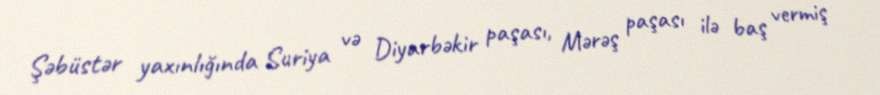
Şəbüstər yaxınlığında Suriya və Diyarbəkir paşası, Mərəş paşası ilə baş vermiş